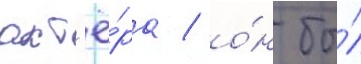
акт'ё́ра / о́н бы́л